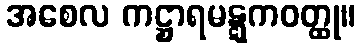
အစေလ ကဋ္ဌာရမဋ္ဋကဝတ္ထု။